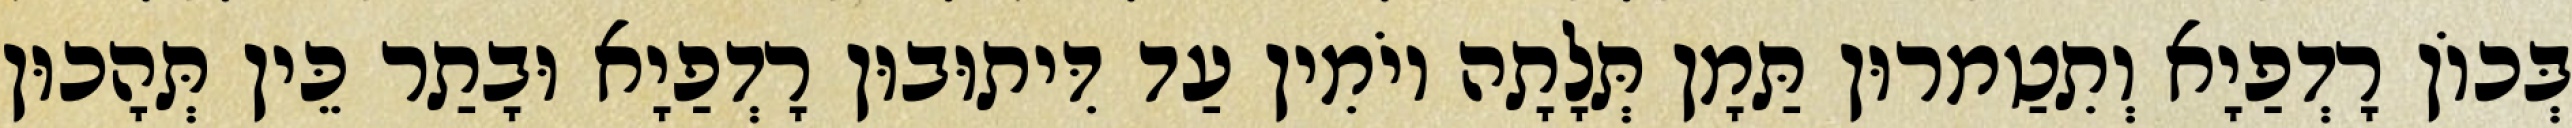
בְּכוֹן רָדְפַיָא וְתִטַמרוּן תַּמָן תְּלָתָה יוֹמִין עַד דִּיתוּבוּן רָדְפַיָא וּבָתַר כֵּין תְּהָכוּן